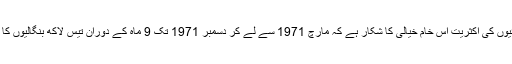
اس کتاب کا لب لباب یہ ہے کہ آج تک بنگالی بھائیوں کی اکثریت اس خام خیالی کا شکار ہے کہ مارچ 1971 سے لے کر دسمبر 1971 تک 9 ماہ کے دوران تیس لاکھ بنگالیوں کا قتل عام پاکستان فوج نے کیا اور تین لاکھ خواتین ۔